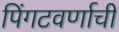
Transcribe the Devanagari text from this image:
पिंगटवर्णाची